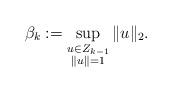
LaTeX: \begin{align*}\beta_{k} := \sup_{\substack{u\in Z_{k-1}\\ \|u\|=1}}\|u\|_2.\end{align*}